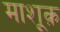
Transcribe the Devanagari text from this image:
माशूक़